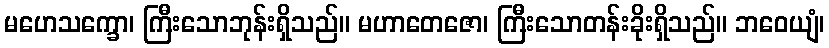
မဟေသက္ခော၊ ကြီးသောဘုန်းရှိသည်။ မဟာတေဇော၊ ကြီးသောတန်းခိုးရှိသည်။ ဘဝေယျံ၊